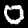
Digit: 0